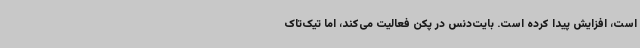
است، افزایش پیدا کرده است. بایت‌دنس در پکن فعالیت می‌کند، اما تیک‌تاک